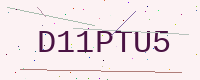
Text: D11PTU5